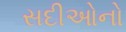
સદીઓનો